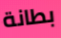
بطانة